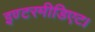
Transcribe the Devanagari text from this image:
इण्टरमीडिएट।